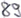
Text: 89